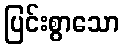
ပြင်းစွာသော